Madras plague regulations in force outside the Presidency town - Volume 2
Disease focus: Plague
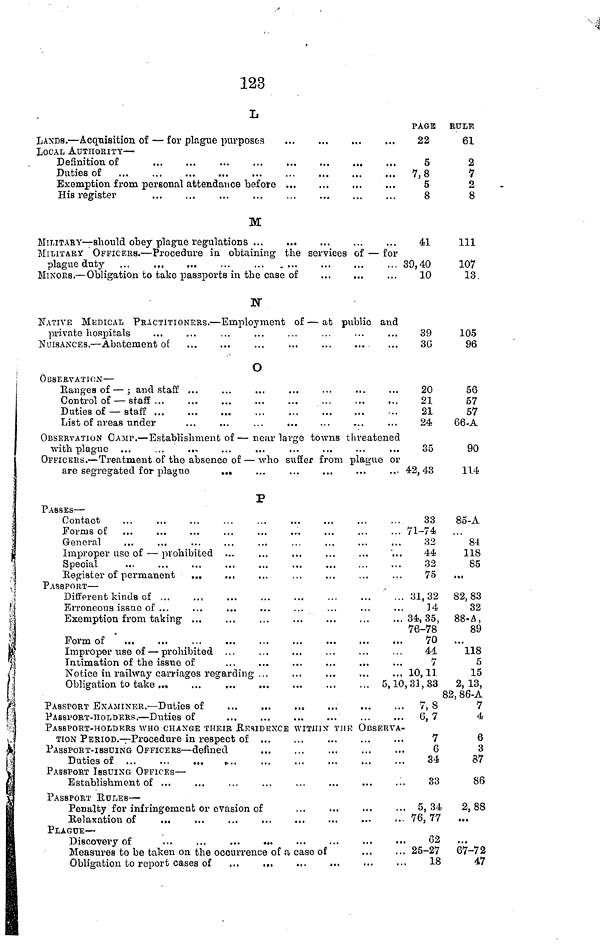
123
L
LOCAL AUTHORITY —
Definition of
Duties of
Exemption from personal attendance before
His register
PAGE
22
5
7,8
5
8
BULE
61
2
7
2
8
M
MILITARY — should obey plague regulations
MILITARY OFFICERS. — Procedure in obtaining the
plague duty ...
...
...
...
MINORS. — Obligation to take passports in the case of
41
services of — for
39,40
10
111
107
13
N
NATIVE MEDICAL PRACTITIONERS. — Employment of — at public and
private hospitals
NUISANCES. — Abatement of
89
3Ü
105
96
O
OBSERVATION —
Ranges of — ; and staff
Control of — staff...
Duties of — staff
List of areas under
OBSERVATION CAMP. — Establishment of — near large towns threatened
with plague ...
...
...
OFFICERS. — Treatment of the absence of — who suffer from plague or
are segregated for plague
...
20
21
21
24
35
42, 43
56
57
57
66-A
90
114
P
PASSES —
Contact
Forms of
General
Improper use of — prohibited
Special
Register of permanent
...
PASSPORT —
Different kinds of ...
Erroneous issue of ...
Exemption from taking ...
Form of
Improper use of — prohibited
Intimation of the issue of
Notice in railway carriages regarding ...
Obligation to take ...
PASSPORT EXAMINER. — Duties of
...
...
PASSPORT-HOLDERS. — Duties of
33
71-74
32
44
32
75
31,32
14
34,35,
76-78
70
41
7
10,11
... 5,10,31,33
7, 8
6, 7
85-A
84
118
85
...
82,83
32
88-A,
89
...
118
5
15
2,13,
82, 86-A
7
4
PASSPORT-HOLDERS WHO CHANGE THEIR RESIDENCE WITHIN THE OBSERVA-
TION PERIOD. — Procedure in respect of
PASSPORT-ISSUING OFFICERS — defined
Duties of ...
...
...
...
PASSPORT ISSUING OFFICES —
Establishment of
PASSPORT RULES —
Penalty for infringement or evasion of
Relaxation of
...
PLAGUE —
Discovery of
...
...
...
...
Measures to be taken on the occurrence of a case of
Obligation to report cases of
7
6
34
33
5, 34
, 76, 77
62
25-27
18
6
3
87
86
2,88
...
67-72
47